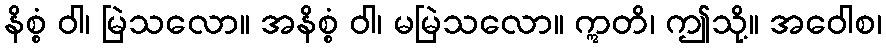
နိစ္စံ ဝါ၊ မြဲသလော။ အနိစ္စံ ဝါ၊ မမြဲသလော။ ဣတိ၊ ဤသို့။ အဝေါစ၊